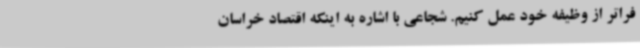
فراتر از وظیفه خود عمل کنیم. شجاعی با اشاره به اینکه اقتصاد خراسان